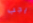
يجب